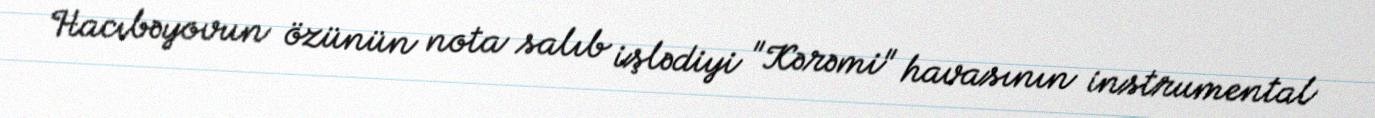
Hacıbəyovun özünün nota salıb işlədiyi "Kərəmi" havasının instrumental